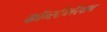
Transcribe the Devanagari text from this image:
कॉन्स्टैब्लेरवाच